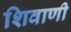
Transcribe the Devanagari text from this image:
शिवाणी